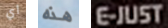
أي هذه E-JUST